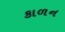
કાળન